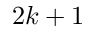
2 k + 1